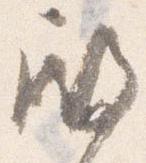
殿